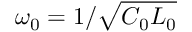
\omega _ { 0 } = 1 / \sqrt { C _ { 0 } L _ { 0 } }